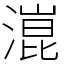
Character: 潉